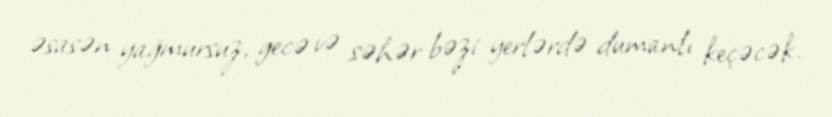
əsasən yağmursuz, gecə və səhər bəzi yerlərdə dumanlı keçəcək.